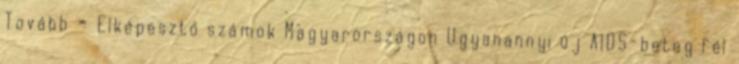
Tovább » Elképesztő számok Magyarországon Ugyanannyi új AIDS-beteg fél